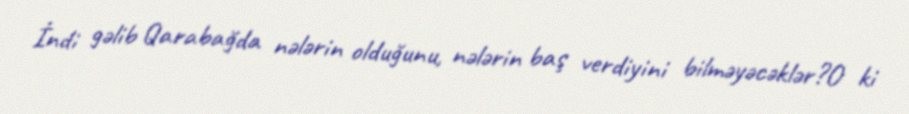
İndi gəlib Qarabağda nələrin olduğunu, nələrin baş verdiyini bilməyəcəklər?O ki